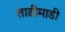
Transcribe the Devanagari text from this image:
ताडीमाडी